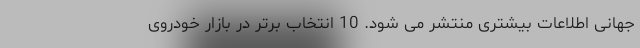
جهانی اطلاعات بیشتری منتشر می شود. 10 انتخاب برتر در بازار خودروی